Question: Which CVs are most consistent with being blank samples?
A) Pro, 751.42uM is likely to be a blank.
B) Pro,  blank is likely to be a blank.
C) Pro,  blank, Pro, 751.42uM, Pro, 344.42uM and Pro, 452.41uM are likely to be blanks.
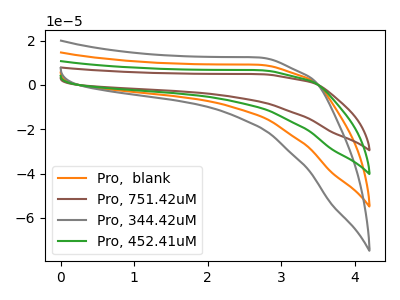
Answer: <think>The orange curve "Pro,  blank" has no peaks. The brown curve "Pro, 751.42uM" has no peaks. The gray curve "Pro, 344.42uM" has no peaks. The green curve "Pro, 452.41uM" has no peaks.</think>
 <answer>C) "Pro,  blank", "Pro, 751.42uM", "Pro, 344.42uM" and "Pro, 452.41uM" are likely to be blanks.</answer>
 <eval>C</eval>